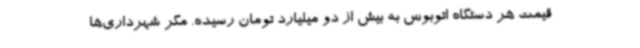
قیمت هر دستگاه اتوبوس به بیش از دو میلیارد تومان رسیده. مگر شهرداری‌ها